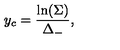
y _ { c } = \frac { \ln ( \Sigma ) } { \Delta _ { - } } ,